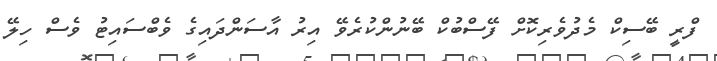
ފްރީ ބޭސިކް މެދުވެރިކޮށް ފޭސްބުކް ބޭނުންކުރެވޭ އިރު އާސަންދައިގެ ވެބްސައިޓު ވެސް ހިލޭ